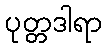
ပုတ္တဒါရာ